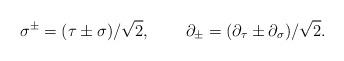
LaTeX: \begin{align*}\sigma ^{\pm }=(\tau \pm \sigma )/\sqrt{2},\,\quad \quad \partial _{\pm}=(\partial _\tau \pm \partial _\sigma )/\sqrt{2}. \end{align*}